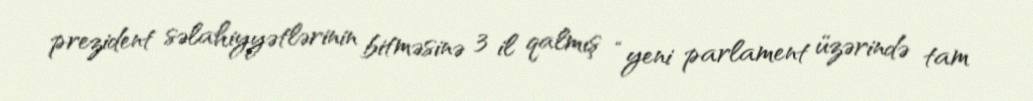
prezident səlahiyyətlərinin bitməsinə 3 il qalmış “yeni parlament üzərində tam